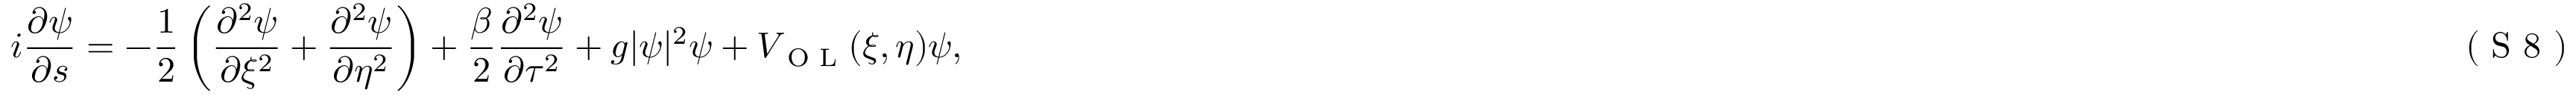
i \frac { \partial \psi } { \partial s } = - \frac { 1 } { 2 } \left( \frac { \partial ^ { 2 } \psi } { \partial \xi ^ { 2 } } + \frac { \partial ^ { 2 } \psi } { \partial \eta ^ { 2 } } \right) + \frac { \beta } { 2 } \frac { \partial ^ { 2 } \psi } { \partial \tau ^ { 2 } } + g | \psi | ^ { 2 } \psi + V _ { \textrm { O L } } ( \xi , \eta ) \psi , \eqno { ( \textrm { S 8 } ) }